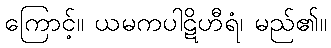
ကြောင့်။ ယမကပါဋိဟီရံ၊ မည်၏။